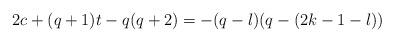
LaTeX: \begin{align*} 2c+(q+1)t-q(q+2)=-(q-l)(q-(2k-1-l))\end{align*}